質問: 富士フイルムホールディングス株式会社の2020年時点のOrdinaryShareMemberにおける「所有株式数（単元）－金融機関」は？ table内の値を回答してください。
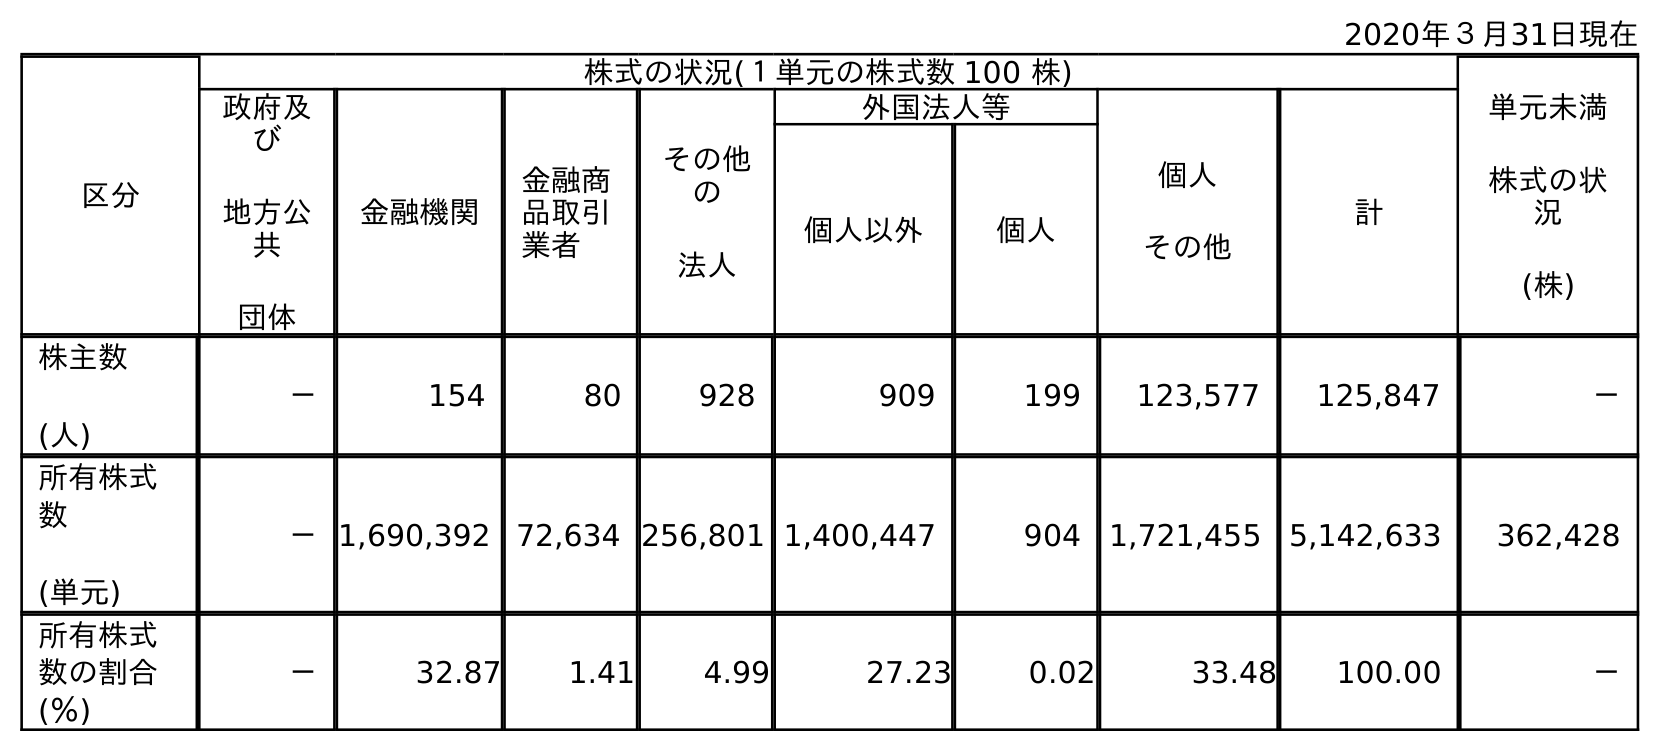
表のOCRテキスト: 2020年３月31日現在 区分 株式の状況(１単元の株式数 100 株) 単元未満 株式の状 況 (株) 政府及 び 地方公 共 団体 金融機関 金融商 品取引 業者 その他 の 法人 外国法人等 個人 その他 計 個人以外 個人 株主数 (人) － 154 80 928 909 199 123,577 125,847 － 所有株式 数 (単元) －1,690,392 72,634 256,801 1,400,447 904 1,721,455 5,142,633 362,428 所有株式 数の割合 (％) － 32.87 1.41 4.99 27.23 0.02 33.48 100.00 －
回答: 1,690,392